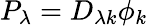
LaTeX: P_{\lambda}=D_{\lambda k}\phi_{k}